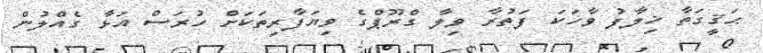
ޙަޤީގަތާ ޚިލާފު ވާހަކަ ފަތުރާ ވިލާ ގްރޫޕްގެ ވިޔަފާރިތަކަށް ހުރަސް އަޅާ ގެއްލުން